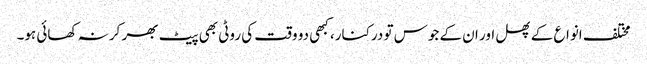
مختلف انواع کے پھل اور ان کے جوس تو درکنار، کبھی دو وقت کی روٹی بھی پیٹ بھر کر نہ کھائی ہو۔